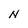
Character: N